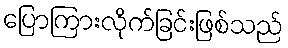
ပြောကြားလိုက်ခြင်းဖြစ်သည်